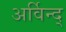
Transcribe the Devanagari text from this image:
अर्विन्द्